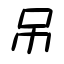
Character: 吊